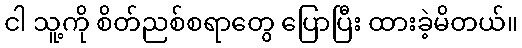
ငါ သူ့ကို စိတ်ညစ်စရာတွေ ပြောပြီး ထားခဲ့မိတယ်။